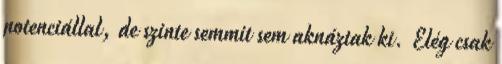
potenciállal, de szinte semmit sem aknáztak ki. Elég csak